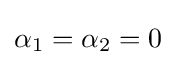
\alpha _{1}=\alpha _{2}=0